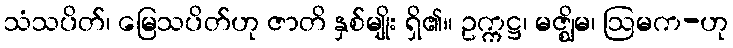
သံသပိတ်၊ မြေသပိတ်ဟု ဇာတိ နှစ်မျိုး ရှိ၏။ ဥက္ကဋ္ဌ၊ မဇ္ဈိမ၊ ဩမက-ဟု